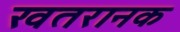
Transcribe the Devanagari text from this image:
खतरानक